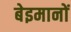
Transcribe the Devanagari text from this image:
बेइमानों